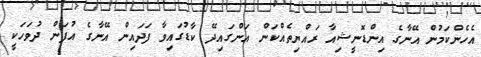
އެހެންކަމުން އޭނާގެ އިންޑޮނީޝިއާ ރައްޔިތެއްކަން އަންގައިދޭ ކާޑުގައިވާ ފަދައިން އޭނާގެ އުފަން ދުވަހަކީ